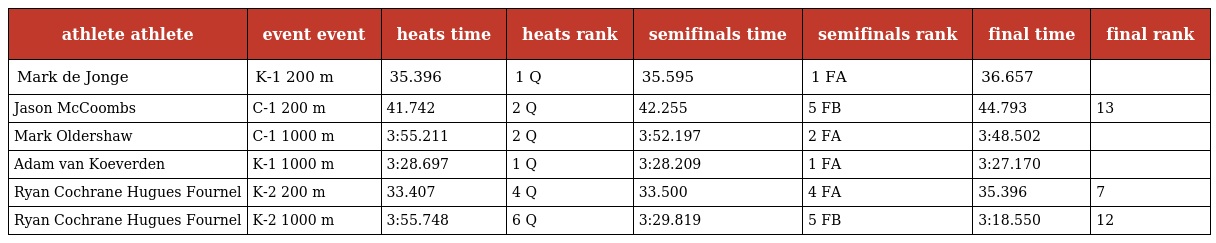
| athlete athlete | event event | heats time | heats rank | semifinals time | semifinals rank | final time | final rank |
 | --- | --- | --- | --- | --- | --- | --- | --- |
 | Mark de Jonge | K-1 200 m | 35.396 | 1 Q | 35.595 | 1 FA | 36.657 |  |
 | Jason McCoombs | C-1 200 m | 41.742 | 2 Q | 42.255 | 5 FB | 44.793 | 13 |
 | Mark Oldershaw | C-1 1000 m | 3:55.211 | 2 Q | 3:52.197 | 2 FA | 3:48.502 |  |
 | Adam van Koeverden | K-1 1000 m | 3:28.697 | 1 Q | 3:28.209 | 1 FA | 3:27.170 |  |
 | Ryan Cochrane Hugues Fournel | K-2 200 m | 33.407 | 4 Q | 33.500 | 4 FA | 35.396 | 7 |
 | Ryan Cochrane Hugues Fournel | K-2 1000 m | 3:55.748 | 6 Q | 3:29.819 | 5 FB | 3:18.550 | 12 |